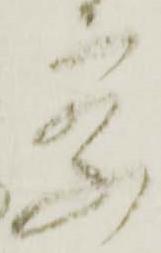
察